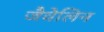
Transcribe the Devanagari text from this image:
जैवेलिन